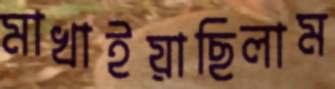
মাখাইয়াছিলাম